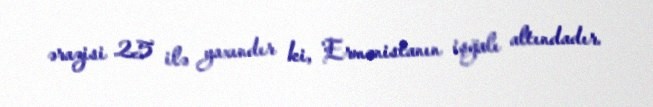
ərazisi 25 ilə yaxındır ki, Ermənistanın işğalı altındadır.